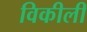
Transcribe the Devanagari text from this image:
विकीली